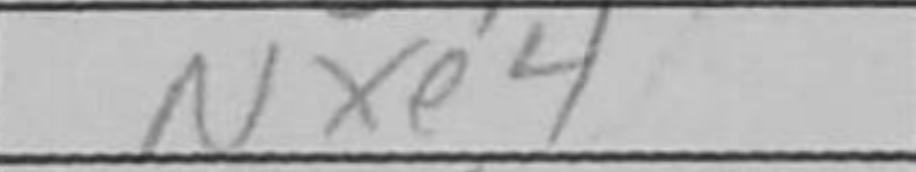
Transcription: Nxe4